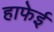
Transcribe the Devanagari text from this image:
हाफेई